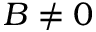
B \neq 0